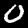
Digit: 0